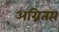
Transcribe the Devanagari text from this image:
अग्नितप्त